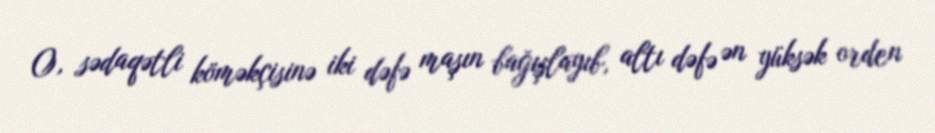
O, sədaqətli köməkçisinə iki dəfə maşın bağışlayıb, altı dəfə ən yüksək orden